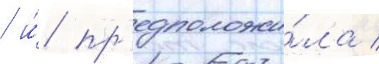
/ и́ пр'едположи́ла /